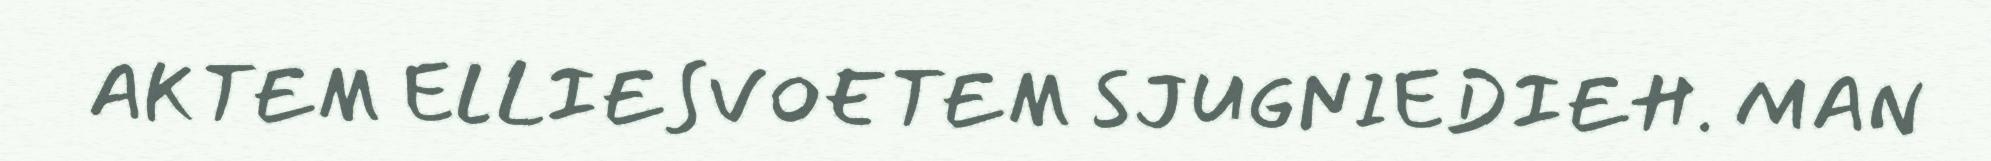
AKTEM ELLIESVOETEM SJUGNIEDIEH. MAN